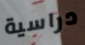
دراسية